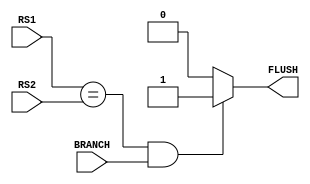
module Branch_Unit
(
    BRANCH,//from control unit
    RS1,
    RS2,
    FLUSH//also BRANCH control for PC_MUX
);

// Interface
input   [31:0]      RS1;
input   [31:0]      RS2;
input               BRANCH;
output              FLUSH;

assign  FLUSH=  ((RS1 == RS2) && (BRANCH == 1'b1))?1'b1:1'b0;
endmodule